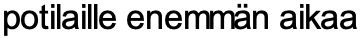
potilaille enemmän aikaa